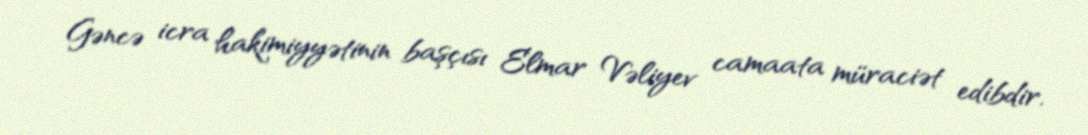
Gəncə icra hakimiyyətinin başçısı Elmar Vəliyev camaata müraciət edibdir.